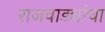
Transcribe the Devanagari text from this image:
राजवाड्यांचा